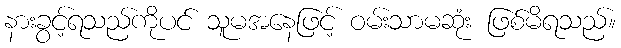
နားခွင့်ရသည်ကိုပင် သူမအနေဖြင့် ဝမ်းသာမဆုံး ဖြစ်မိရသည်။